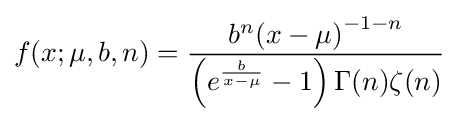
f(x;\mu ,b,n)={\frac {b^{n}{(x-\mu )}^{-1-n}}{\left(e^{\frac {b}{x-\mu }}-1\right)\Gamma (n)\zeta (n)}}